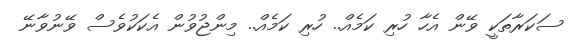
ސަކަރާތަކީ ވޭން އެހާ ހުރި ކަމެއް.. ހުރި ކަމެއް.. މިންޖުވުން އެކަކުވެސް ވޭނުވާނޭ